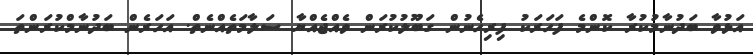
އަޅުވާ ބަދުނާމުކުރާ ކޮންމެ ފަހަރަކު ފިރިހެނުން ގަބޫލުކުރަން ވެއްޖެއްޔާ ސަލާމަތެއްނެތް. އަހަރެން ބަދުނާމްކުރަންތަ